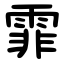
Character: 霏